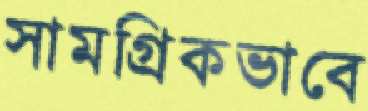
সামগ্রিকভাবে